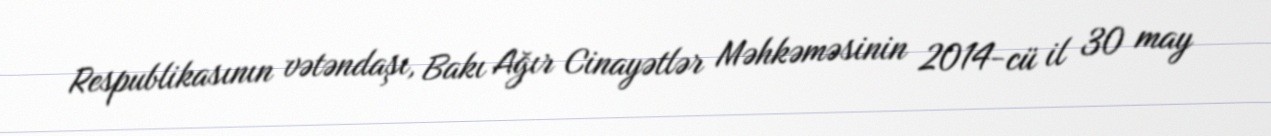
Respublikasının vətəndaşı, Bakı Ağır Cinayətlər Məhkəməsinin 2014-cü il 30 may